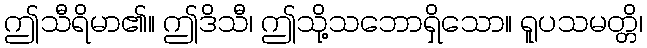
ဤသီရိမာ၏။ ဤဒိသီ၊ ဤသို့သဘောရှိသော။ ရူပသမတ္တိ၊